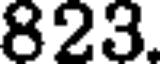
823.